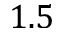
1 . 5